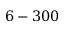
6 - 3 0 0